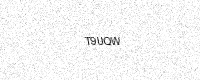
Text: T9UQW